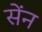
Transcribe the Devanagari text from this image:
सेंन